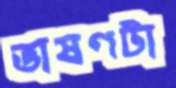
ভাষণটা